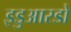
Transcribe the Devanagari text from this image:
इडुआरडो